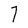
Character: 7